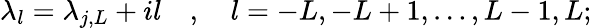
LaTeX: \lambda_{l}=\lambda_{j,L}+il\quad,\quad l=-L,-L+1,\dots,L-1,L;